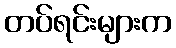
တပ်ရင်းများက